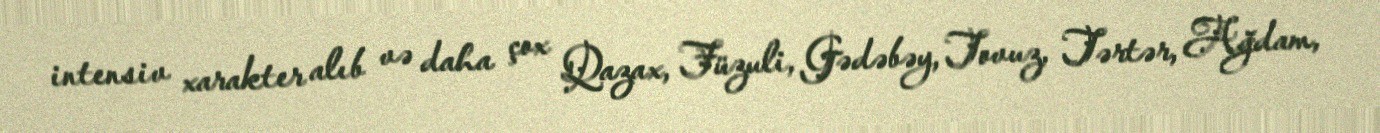
intensiv xarakter alıb və daha çox Qazax, Füzuli, Gədəbəy, Tovuz, Tərtər, Ağdam,